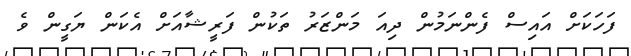
ފަހަކަށް އައިސް ފެންނަމުން ދިއަ މަންޒަރު ތަކުން ފަރީޝާއަށް އެކަން ޔަގީން ވެ